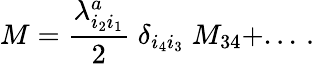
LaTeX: M={\frac{\lambda_{i_{2}i_{1}}^{a}}{2}}\; {\delta_{i_{4}i_{3}}}\; M_{34}+...\, .